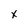
Character: x